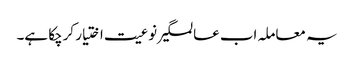
یہ معاملہ اب عالمگیر نوعیت اختیار کرچکا ہے۔